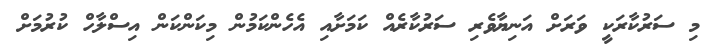
މި ސަރުކާރަކީ ވަރަށް އަނިޔާވެރި ސަރުކާރެއް ކަމަށާއި އެހެންކަމުން މިކަންކަން އިސްލާހް ކުރުމަށް